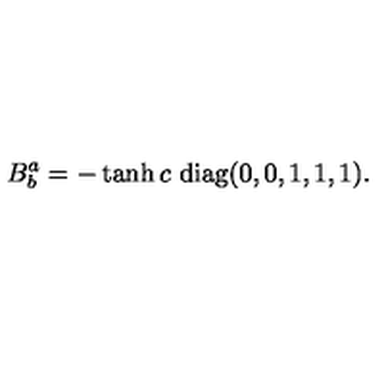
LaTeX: B _ { b } ^ { a } = - \tanh c \ \mathrm { d i a g } ( 0 , 0 , 1 , 1 , 1 ) .